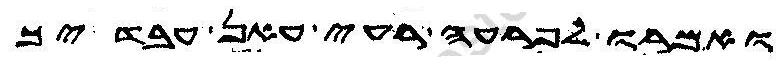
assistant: ואמרו לפרעה רעי עאן עבדיך